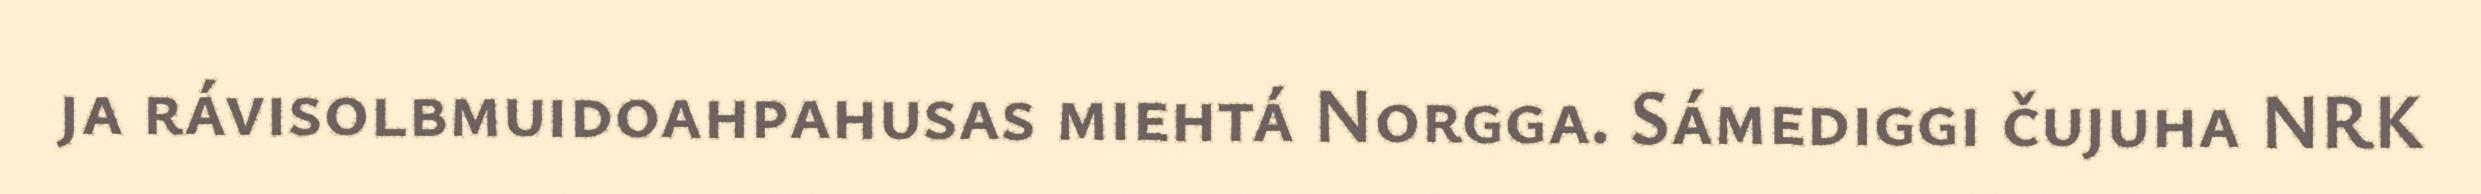
ja rávisolbmuidoahpahusas miehtá Norgga. Sámediggi čujuha NRK